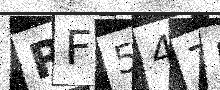
Text: RF547I